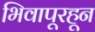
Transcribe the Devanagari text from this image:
भिवापूरहून